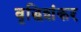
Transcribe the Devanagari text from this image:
वृद्धिशंकर